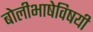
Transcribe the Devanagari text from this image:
बोलीभाषेविषयी